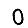
Digit: 0